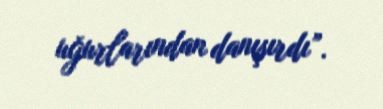
uğurlarından danışırdı”.